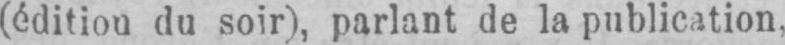
(édition du soir), parlant de la publication,